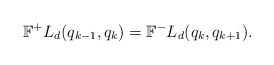
\begin{align*}\mathbb{F}^+L_d(q_{k-1},q_k) = \mathbb{F}^-L_d(q_k,q_{k+1}).\end{align*}